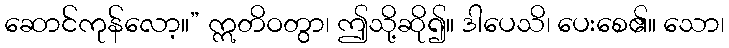
ဆောင်ကုန်လော့။” ဣတိဝတွာ၊ ဤသို့ဆို၍။ ဒါပေသိ၊ ပေးစေ၏။ သော၊